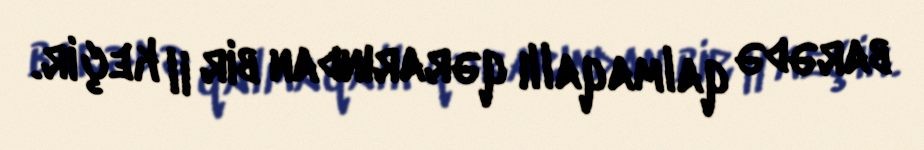
barədə qalmaqallı qərarından bir il keçir.